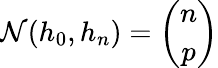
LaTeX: \mathcal N(h_{0},h_{n})=\binom{n}{p}